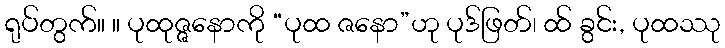
ရုပ်တွက်။ ။ ပုထုဇ္ဇနောကို “ပုထ ဇနော”ဟု ပုဒ်ဖြတ်၊ ထ် ခွင်း, ပုထဿု